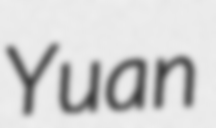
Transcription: Yuan